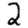
Digit: 2